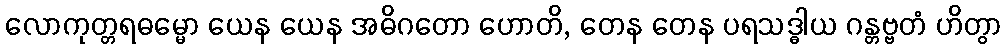
လောကုတ္တရဓမ္မော ယေန ယေန အဓိဂတော ဟောတိ, တေန တေန ပရသဒ္ဓါယ ဂန္တဗ္ဗတံ ဟိတွာ